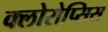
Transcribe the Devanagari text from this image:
क्लोरोप्सिस